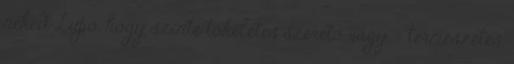
neked Lupo, hogy szinte tökéletes szerető vagy. – természetes,